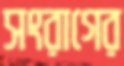
সংরাগের